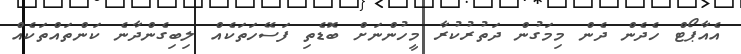
އެއާޕޯޓް ހެދެން ދެން މިމަގުން ދަތުރުކުރާ މީހުންނަށް ބޮޑެތި ފަސޭހަތަކެއް ލިބިގެންދާނެ ކަންތައްތަކެއް